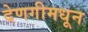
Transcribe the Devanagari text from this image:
देणगीमधून